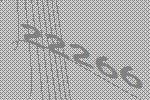
22266